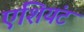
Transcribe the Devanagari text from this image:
एंशियंट